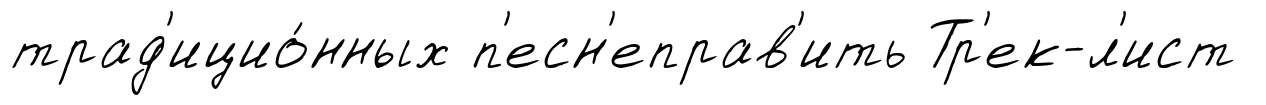
трад'ицио́нных п'есн'еправ'ить Тр'ек-л'ист